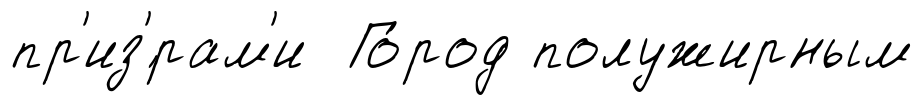
пр'из'́рам'и Го́род полужирным